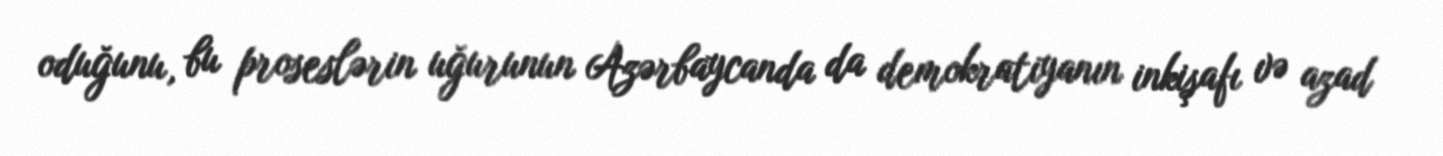
oduğunu, bu proseslərin uğurunun Azərbaycanda da demokratiyanın inkişafı və azad